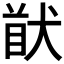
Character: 𱮁